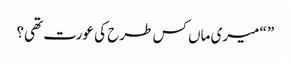
” “میری ماں کس طرح کی عورت تھی؟